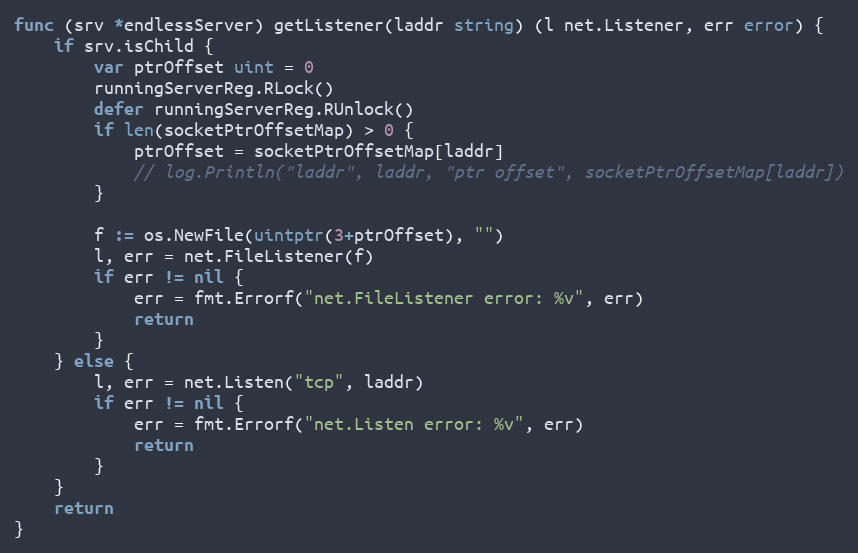
Language: Go
func (srv *endlessServer) getListener(laddr string) (l net.Listener, err error) {
	if srv.isChild {
		var ptrOffset uint = 0
		runningServerReg.RLock()
		defer runningServerReg.RUnlock()
		if len(socketPtrOffsetMap) > 0 {
			ptrOffset = socketPtrOffsetMap[laddr]
			// log.Println("laddr", laddr, "ptr offset", socketPtrOffsetMap[laddr])
		}

		f := os.NewFile(uintptr(3+ptrOffset), "")
		l, err = net.FileListener(f)
		if err != nil {
			err = fmt.Errorf("net.FileListener error: %v", err)
			return
		}
	} else {
		l, err = net.Listen("tcp", laddr)
		if err != nil {
			err = fmt.Errorf("net.Listen error: %v", err)
			return
		}
	}
	return
}